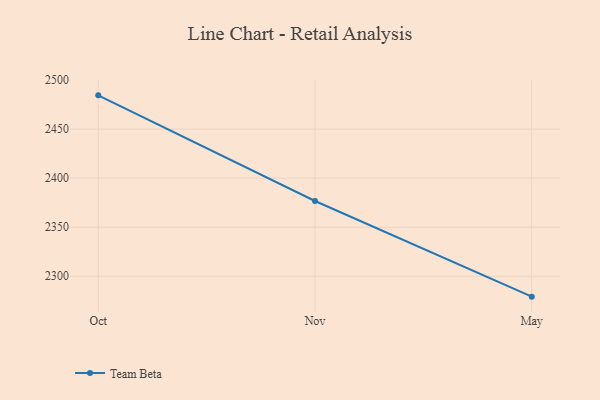
{"axis": {"x": "Month", "y": "Net Income (USD K)"}, "legend": ["Team Beta"], "data": [{"x": "Oct", "y": 2484.4, "type": "Team Beta"}, {"x": "Nov", "y": 2376.7, "type": "Team Beta"}, {"x": "May", "y": 2279.2, "type": "Team Beta"}]}